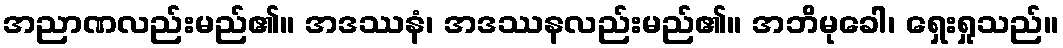
အညာဏလည်းမည်၏။ အဒဿနံ၊ အဒဿနလည်းမည်၏။ အဘိမုခေါ၊ ရှေးရှုသည်။